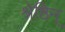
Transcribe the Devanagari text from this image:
श्रेष्ठिन्